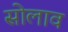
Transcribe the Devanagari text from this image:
सोलाव